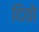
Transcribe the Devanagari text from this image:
दिवो